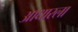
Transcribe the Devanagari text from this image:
आधारला